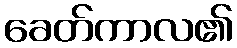
ခေတ်ကာလ၏